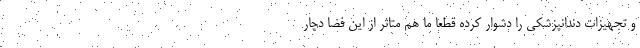
و تجهیزات دندانپزشکی را دشوار کرده قطعا ما هم متاثر از این فضا دچار